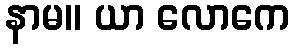
နာမ။ ယာ လောကေ